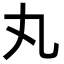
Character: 丸